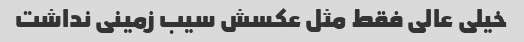
خیلی عالی فقط مثل عکسش سیب زمینی نداشت